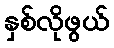
နှစ်လိုဖွယ်